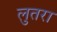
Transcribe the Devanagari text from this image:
लुतरा